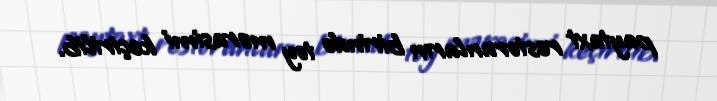
paytaxt restoranların birində toy mərasimi keçirilib.